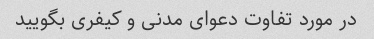
در مورد تفاوت دعوای مدنی و کیفری بگویید